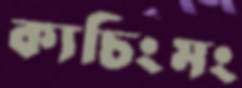
ক্যচিংমং